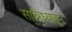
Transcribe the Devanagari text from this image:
सान्निध्यातून